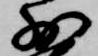
少